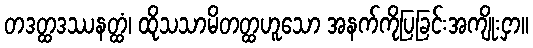
တဒတ္ထဒဿနတ္ထံ၊ ထိုသသာမိတတ္ထဟူသော အနက်ကိုပြခြင်းအကျိုးငှာ။